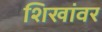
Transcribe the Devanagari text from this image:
शिखांवर